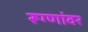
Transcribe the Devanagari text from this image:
रूग्णांवर